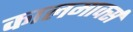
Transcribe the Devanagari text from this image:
कालमार्क्स